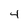
Character: 4